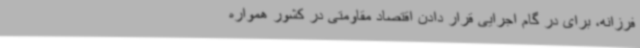
فرزانه، برای در گام اجرایی قرار دادن اقتصاد مقاومتی در کشور همواره